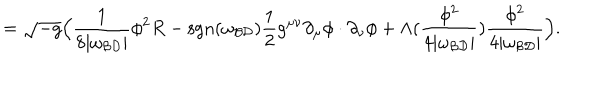
= \sqrt { - g } \Big ( \frac { 1 } { 8 | \omega _ { \cal B D } | } \phi ^ { 2 } R - \mathrm { s g n } ( \omega _ { \cal B D } ) \frac { 1 } { 2 } g ^ { \mu \nu } \partial _ { \mu } \phi \cdot \partial _ { \nu } \phi + \Lambda ( \frac { \phi ^ { 2 } } { 4 | \omega _ { \cal B D } | } ) \frac { \phi ^ { 2 } } { 4 | \omega _ { \cal B D } | } \Big ) .